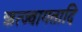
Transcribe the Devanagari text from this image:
ऋत्ज्वागतादि